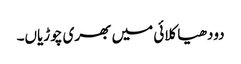
دودھیا کلائی میں بھری چوڑیاں۔